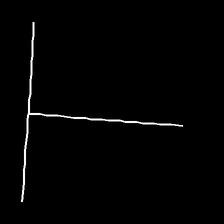
Glyph: column